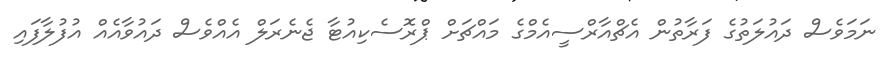
ނަމަވެސް ދައުލަތުގެ ފަރާތުން އެޗްއާރްސީއެމްގެ މައްޗަށް ޕްރޮސެކިއުޓާ ޖެނެރަލް އެއްވެސް ދައުވާއެއް އުފުލާފައި